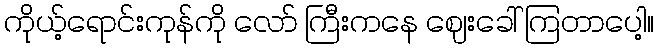
ကိုယ့်ရောင်းကုန်ကို လော် ကြီးကနေ ဈေးခေါ် ကြတာပေါ့။